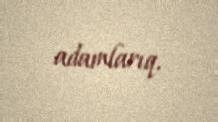
adamlarıq.